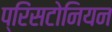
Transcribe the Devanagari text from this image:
प्रिंसटोनियन